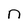
Character: n